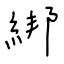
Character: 綁